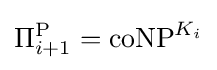
\Pi _{i+1}^{\mathrm {P} }=\mathrm {coNP} ^{K_{i}}